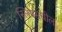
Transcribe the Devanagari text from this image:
स्लिपमधील